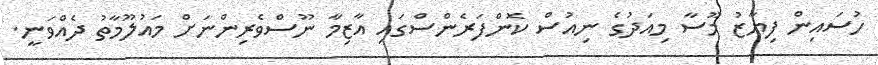
ހުސައިން ފިޔާޒު މޫސާ މިއަދުގެ ނިއުސް ކޮންފަރެންސްގައި އާޒިމާ ނޫސްވެރިންނަށް މައުލޫމާތު ދެއްވަނީ.